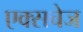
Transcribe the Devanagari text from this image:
एक्सचेज